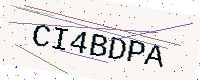
Text: CI4BDPA